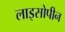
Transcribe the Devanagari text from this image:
लाइसोपीन